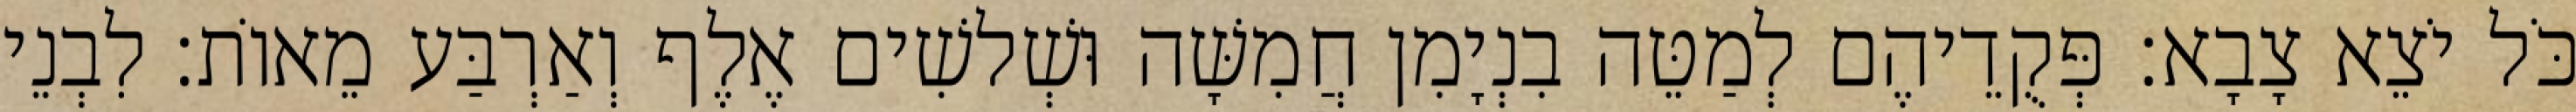
כֹּל יֹצֵא צָבָא׃ פְּקֻדֵיהֶם לְמַטֵּה בִנְיָמִן חֲמִשָּׁה וּשְׁלשִׁים אֶלֶף וְאַרְבַּע מֵאוֹת׃ לִבְנֵי